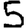
Digit: 5